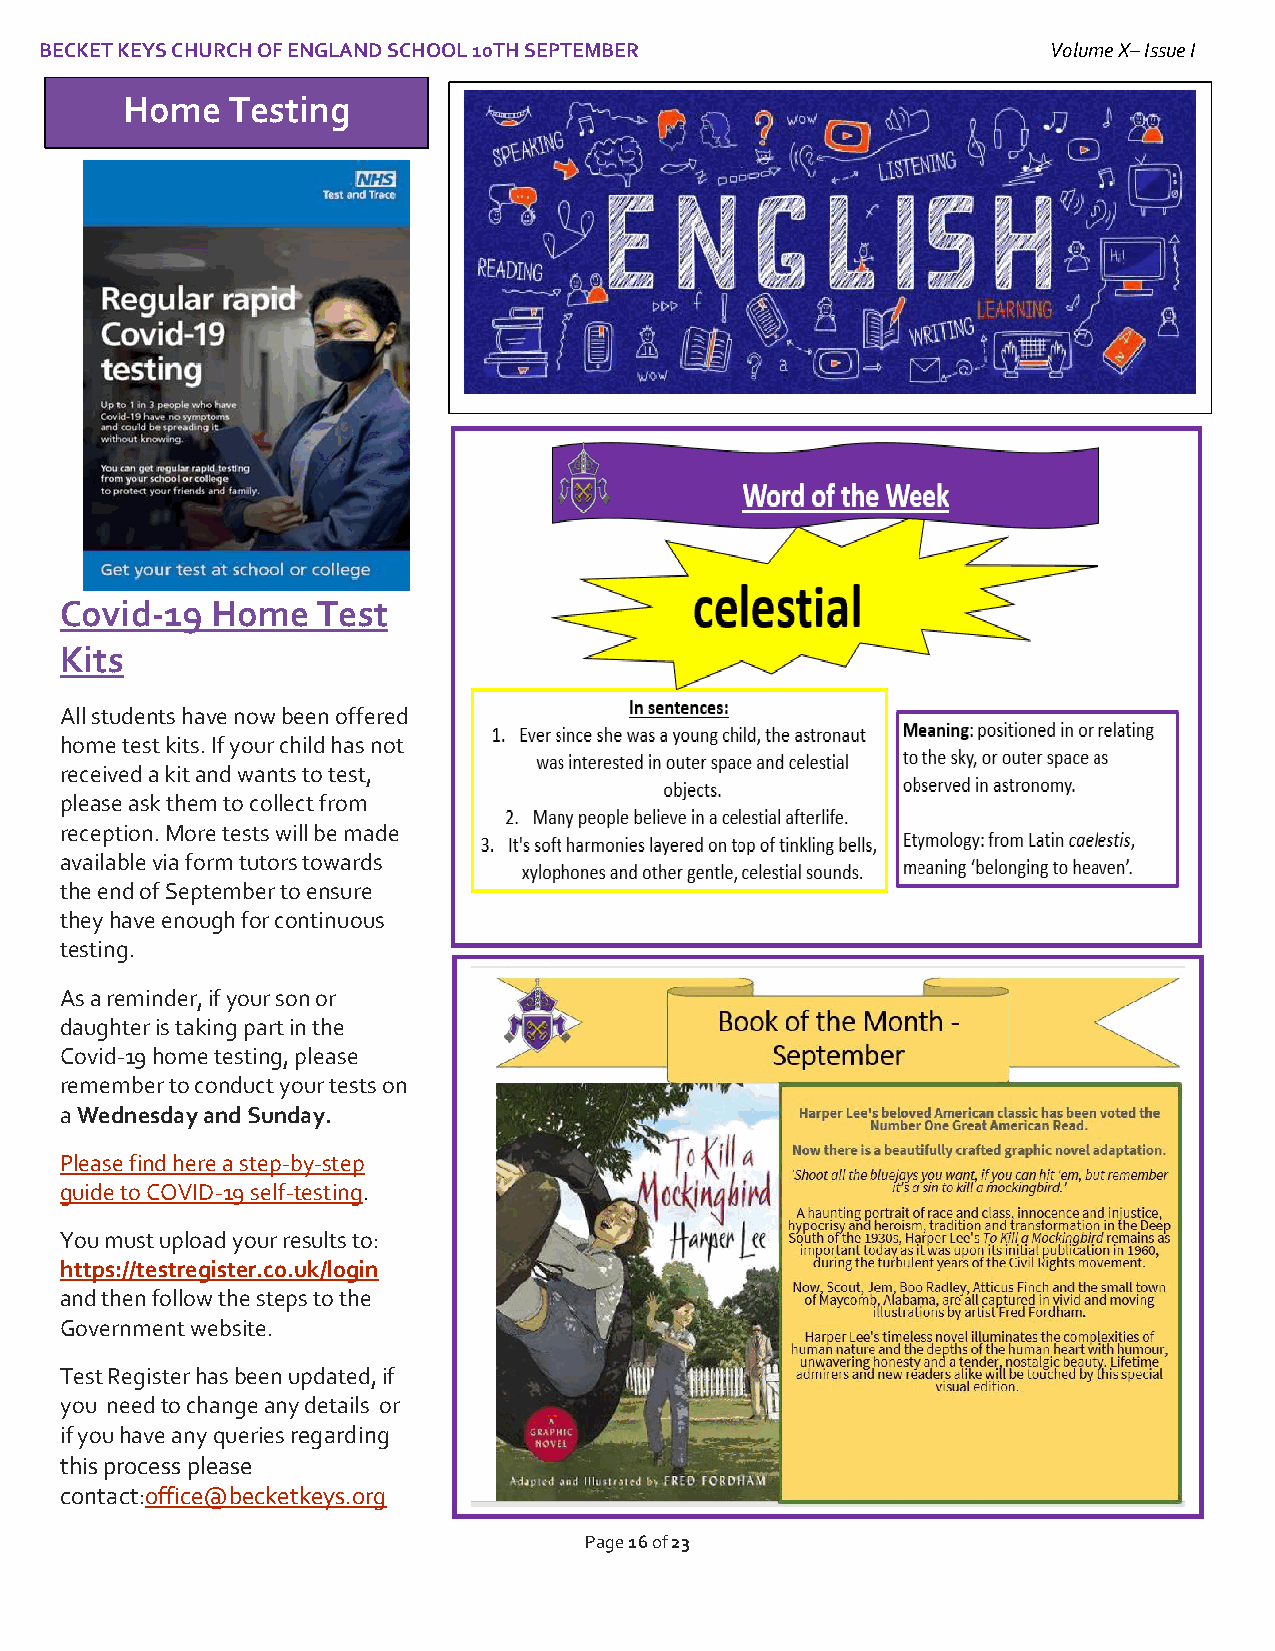
BECKET KEYS CHURCH OF ENGLAND SCHOOL 10TH SEPTEMBER                Volume X– Issue I
 I
 Home   Testing
 Covid-19  Home   Test
 Kits
 All students have now been offered
 home test kits. If your child has not
 received a kit and wants to test,
 please ask them to collect from
 reception. More tests will be made
 available via form tutors towards
 the end of September to ensure
 they have enough for continuous
 testing.
 As a reminder, if your son or
 daughter is taking part in the
 Covid-19 home testing, please
 remember to conduct your tests on
 a Wednesday and Sunday.
 Please find here a step-by-step
 guide to COVID-19 self-testing.
 You must upload your results to:
 https://testregister.co.uk/login
 and then follow the steps to the
 Government website.
 Test Register has been updated, if
 you need to change any details or
 if you have any queries regarding
 this process please
 contact:office@becketkeys.org
 Page 16 of 23